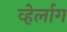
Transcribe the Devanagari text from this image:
व्हेर्लाग